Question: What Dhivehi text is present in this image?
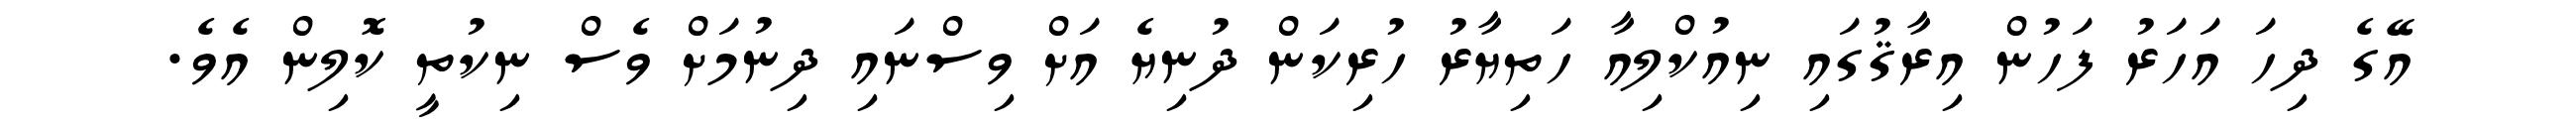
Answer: އޭގެ ދިހަ އަހަރު ފަހުން އިރާޤުގައި ނިއުކްލިއާ ހަތިޔާރު ހުރިކަން ދުނިޔެ އަށް ވިސްނައި ދިނުމަށް ވެސް ނިކުތީ ކޮލިން އެވެ.